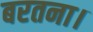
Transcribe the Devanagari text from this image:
बरतना।